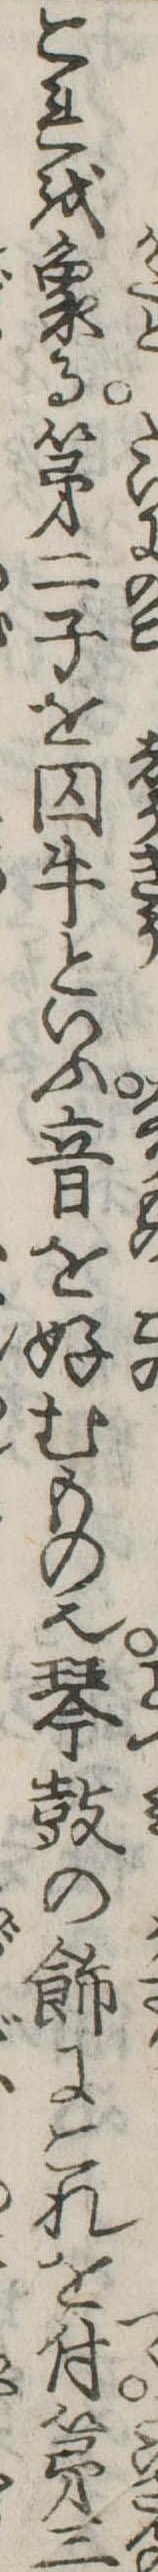
これを象る第二子を囚牛といふ音を好むもの也琴鼓の飾にこれを付第三